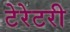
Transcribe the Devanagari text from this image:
टेरेटरी